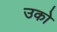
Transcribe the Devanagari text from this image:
उको